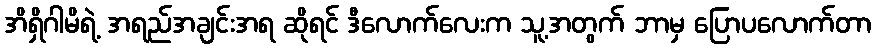
အိရှိဂါမိရဲ့ အရည်အချင်းအရ ဆိုရင် ဒီလောက်လေးက သူ့အတွက် ဘာမှ ပြောပလောက်တာ